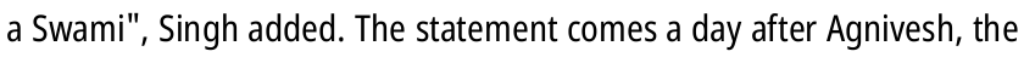
a Swami", Singh added. The statement comes a day after Agnivesh, the